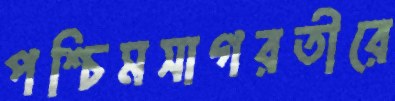
পশ্চিমসাগরতীরে